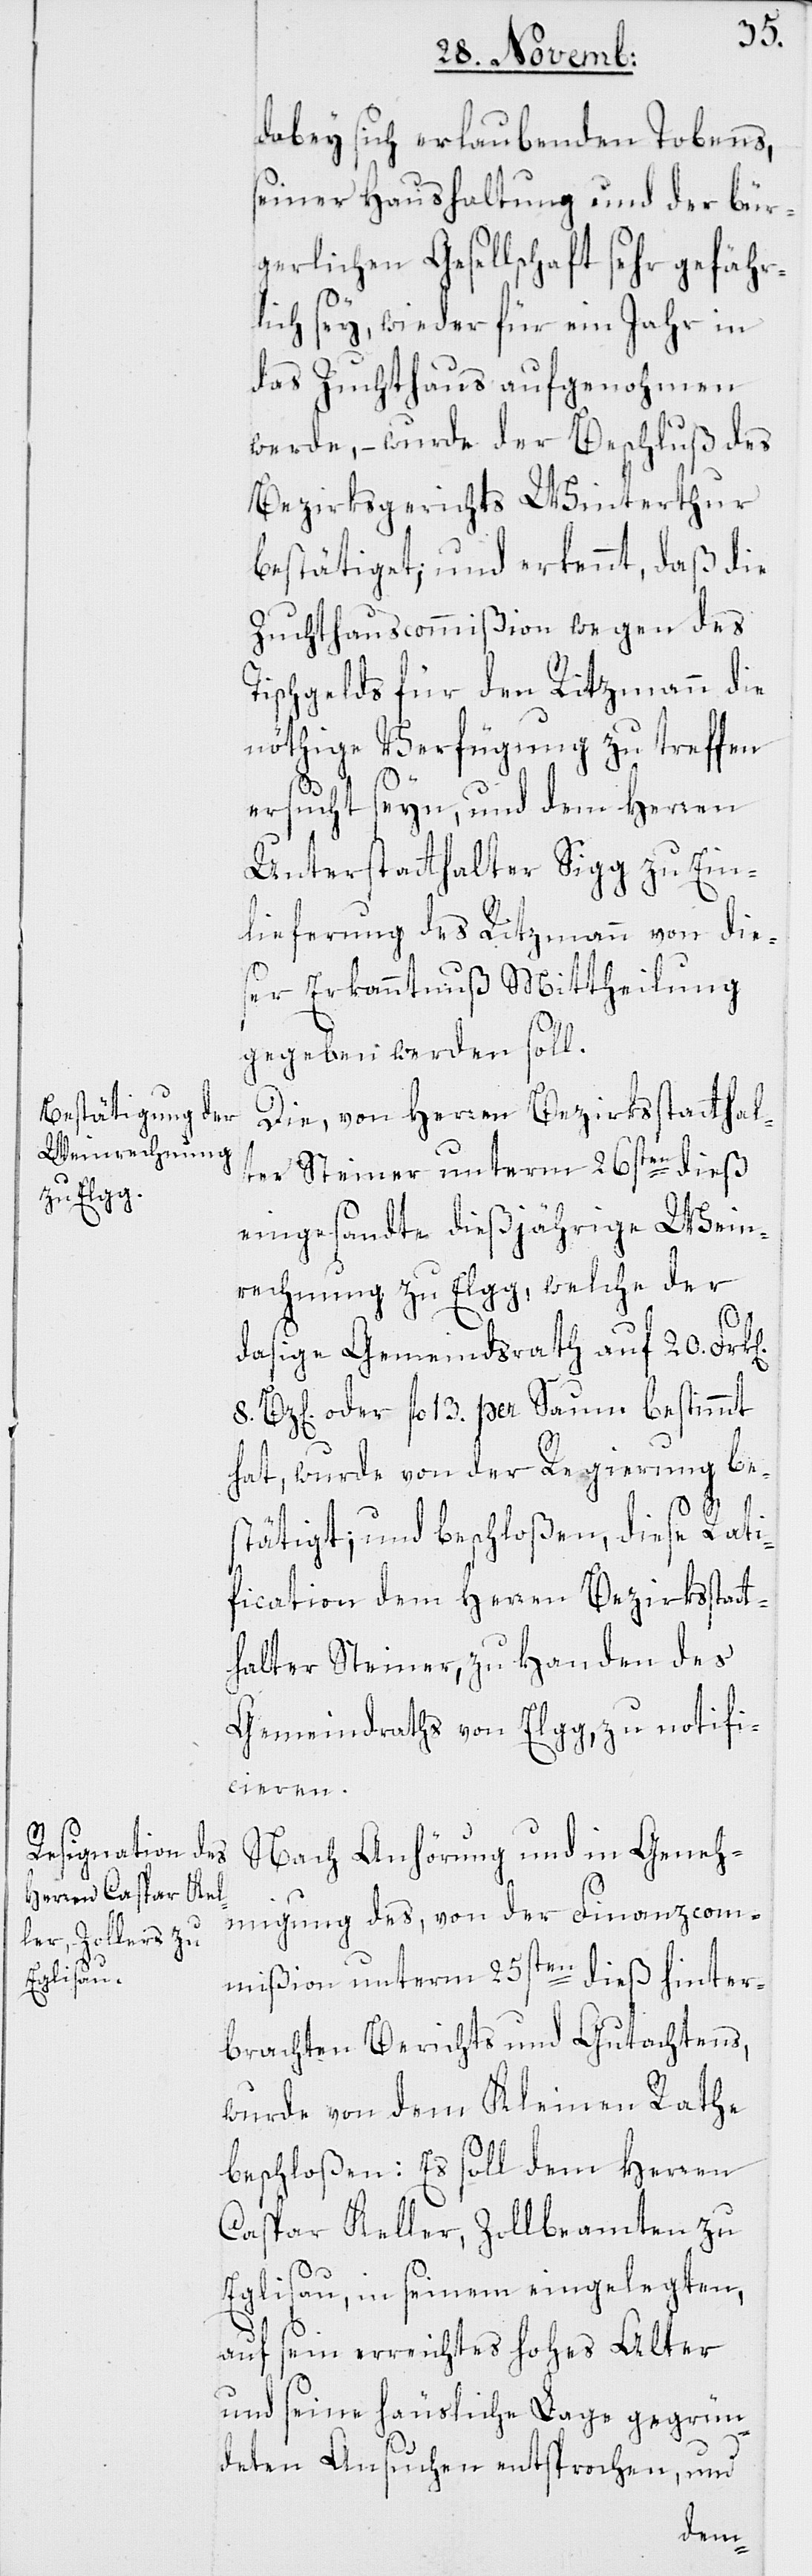
n].

dabey sich erlaubenden Tobens,
seiner Haushaltung und der bür¬
gerlichen Gesellschaft sehr gefähr¬
lich sey, wieder für ein Jahr in
das Zuchthaus aufgenohmen
werde, – wurde der Beschluß des
Bezirksgerichts Winterthur
bestätiget; und erkennt, daß die
Zuchthauscommißion wegen des
Tischgelds für den Ritzmann die
nöthige Verfügung zu treffen
ersucht seyn, und dem Herren
Unterstatthalter Sigg zu Ein¬
lieferung des Ritzmann von die¬
ser Erkanntnuß Mittheilung
gegeben werden soll.
Die, von Herren Bezirksstatthal¬
ter Steiner unterm 26sten dieß
eingesandte dießjährige Wein¬
rechnung zu Elgg, welche der
dasige Gemeindsrath auf 20. Frk[e¬
8. Bz[en] oder fl. 13. per Saum bestimmt
hat, wurde von der Regierung be¬
stätigt; und beschloßen, diese Rati¬
fication dem Herren Bezirksstatt¬
halter Steiner, zu Handen des
Gemeindraths von Elgg zu notifi¬
cieren.
Nach Anhörung und in Geneh¬
migung des, von der Finanzcom¬
mißion unterm 25sten dieß hinter¬
brachten Berichts und Gutachtens,
wurde von dem Kleinen Rathe
beschloßen: Es soll dem Herren
Caspar Keller, Zollbeamten zu
Eglisau, in seinem eingelegten
auf sein erreichtes hohes Alter
und seine häusliche Lage gegrün¬
deten Ansuchen entsprochen, und